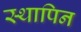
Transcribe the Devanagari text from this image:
स्थापिन